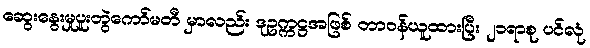
ဆွေးနွေးမှုပူးတွဲကော်မတီ မှာလည်း ဒုဥက္ကဋ္ဌအဖြစ် တာဝန်ယူထားပြီး ၂၁ရာစု ပင်လုံ